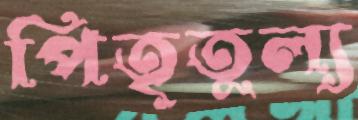
পিতৃতুল্য